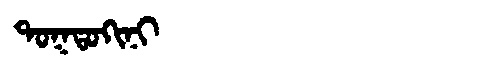
Manchu: ᡨᠣᡴᡨᠣᡴᡳᠨᡳ
Romanization: TOKTOKINI